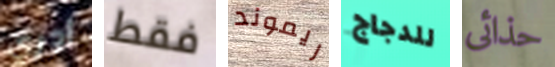
أدري فقط ريموند للدجاج حذائى